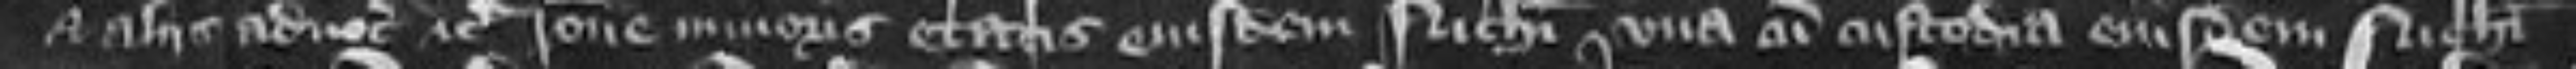
et aliis advocationibus etc ratione minoris etatis euisdem Nicholai una cum custodia euisdem Nicholai